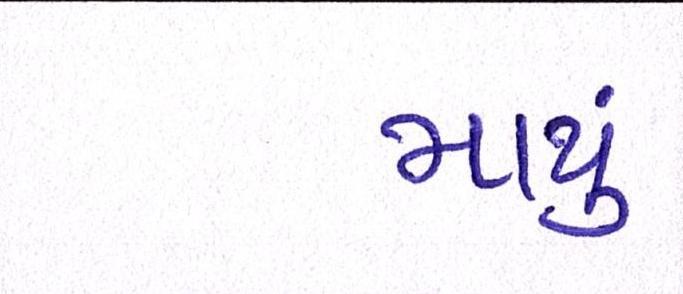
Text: માથું